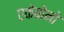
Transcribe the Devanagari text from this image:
एकेबोनो